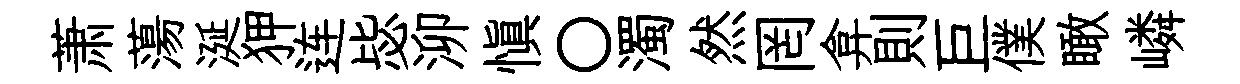
萧蕩涎狎连毖泖愼〇濁然罔弇則巨僕瞰嶙